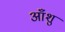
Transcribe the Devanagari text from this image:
आँशु